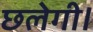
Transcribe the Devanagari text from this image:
छलेगी।